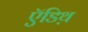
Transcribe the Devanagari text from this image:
ऍडिथ़